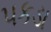
પકડા